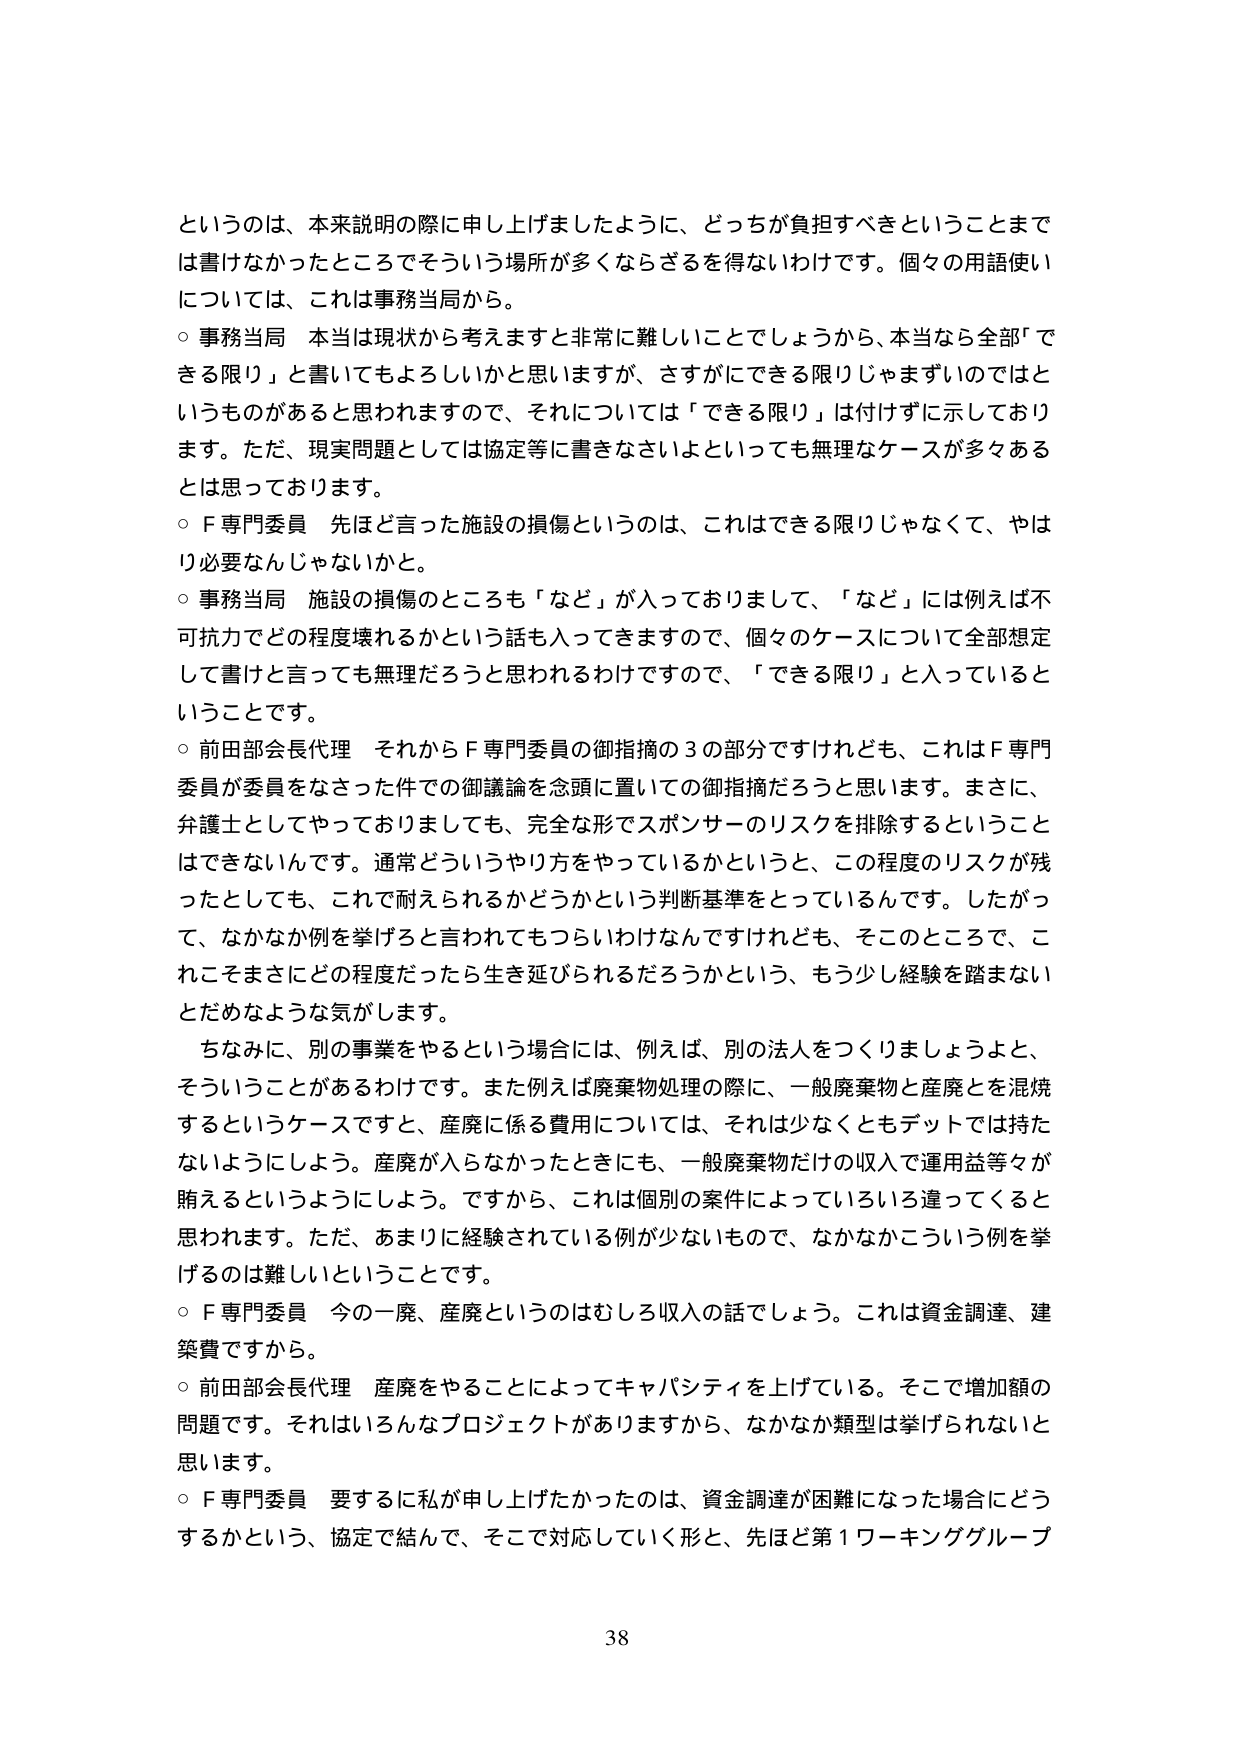
という的是、本来説明の際に申し上げましたように、どっちが負担すべきということまで
は書けなかったところでそういう場所が多くならざるを得ないわけです。個々の用語使い
については、これは事務当局から。
○ 事務当局 本当は現状から考えますと非常に難しいことでしょうから、本当なら全部「で
きる限り」と書いてもよろしいかと思いますが、さすがにできる限りじゃまずいのではと
いうものがあると思われますので、それについては「できる限り」は付けずに示しており
ます。ただ、現実問題としては協定等に書きなさいよといっても無理なケースが多々ある
とは思っております。
○ F専門委員 先ほど言った施設の損傷というのは、これはできる限りじゃなくて、やは
り必要なんじゃないかと。
○ 事務当局 施設の損傷のところも「など」が入っておりますので、「など」には例えば不
可抗力でどの程度壊れるかという話も入ってきますので、個々のケースについて全部想定
して書けと言っても無理だろうと思われるわけですので、「できる限り」と入っていると
いうことです。
○ 前田部会長代理 それからF専門委員の御指摘の3の部分ですけれども、これはF専門
委員が委員をなさった件での御議論を念頭に置いての御指摘だろうと思います。まさに、
弁護士としてやっておりましても、完全な形でスポンサーのリスクを排除するということ
はできないんです。通常どういうやり方をやっているかというと、この程度のリスクが残
ったとしても、これで耐えられるかどうかという判断基準をとっているんです。したがっ
て、なかなか例を挙げろと言われてもつらいわけなんですけれども、そこのところで、こ
れこそまさにどの程度だったら生き延びられるだろうかという、もう少し経験を踏まない
とだめなような気がします。
ちなみに、別の事業をやるという場合には、例えば、別の法人をつくりましょうよと、
そういうことがあるわけです。また例えば廃棄物処理の際に、一般廃棄物と産廃とを混焼
するというケースですと、産廃に係る費用については、それは少なくともデットでは持た
ないようにしよう。産廃が入らなかったときにも、一般廃棄物だけの収入で運用益等々が
賄えるというようにしよう。ですから、これは個別の案件によっていろいろ違ってくると
思われます。ただ、あまりに経験されている例が少ないもので、なかなかこういう例を挙
げるのは難しいということです。
○ F専門委員 今のー席、産廃というのはむしろ収入の話でしょう。これは資金調達、建
築費ですから。
○ 前田部会長代理 産廃をやることによってキャパシティを上げている。そこで増加額の
問題です。それはいろんなプロジェクトがありますから、なかなか類型は挙げられないと
思います。
○ F専門委員 要するに私が申し上げたかったのは、資金調達が困難になった場合にどう
するかという、協定で結んで、そこで対応していく形と、先ほど第1ワーキンググループ

38